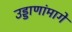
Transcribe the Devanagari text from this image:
उड्डाणांमागे